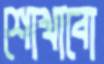
শোখাবো